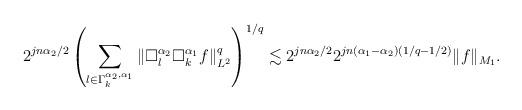
LaTeX: \begin{align*} 2^{jn\alpha_2/2}\left(\sum_{l\in \Gamma_k^{\alpha_2,\alpha_1}}\|\Box_l^{\alpha_2}\Box_k^{\alpha_1}f\|^q_{L^{2}}\right)^{1/q} \lesssim 2^{jn\alpha_2/2}2^{jn(\alpha_1-\alpha_2)(1/q-1/2)}\|f\|_{M_1}. \end{align*}